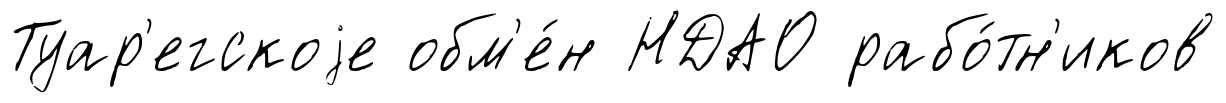
Туар'егскоjе обм'е́н НДАО рабо́тн'иков